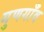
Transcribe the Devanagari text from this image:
गुणगाँव